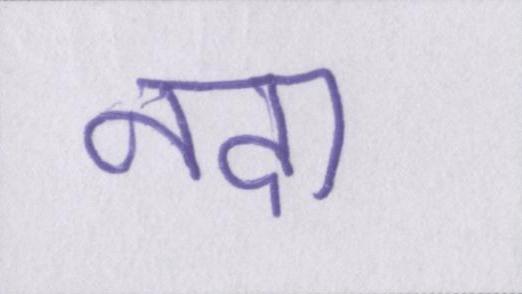
नदा